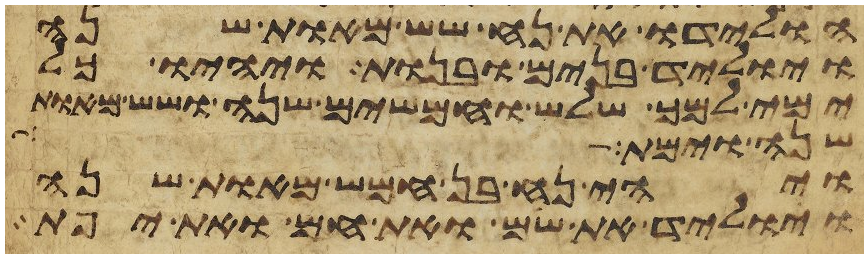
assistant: הולידו את נח שש מאות שנה
ויוליד בנים ובנות ויהיו כל
ימי למך שלש וחמשים שנה ושש מאות
שנה וימת תרח
ויהי נח בן חמש מאות שנה
ויוליד את שם ואת חם ואת יפת